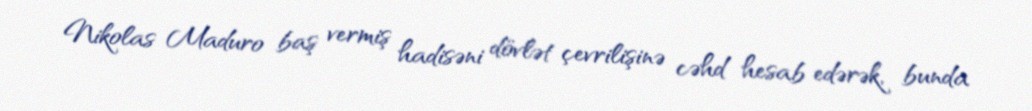
Nikolas Maduro baş vermiş hadisəni dövlət çevrilişinə cəhd hesab edərək, bunda